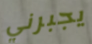
يجبرني